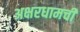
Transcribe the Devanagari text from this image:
अक्षरधामची